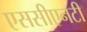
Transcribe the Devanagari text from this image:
एससीएनटी